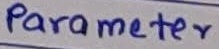
Text: Parameter